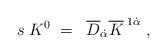
\begin{align*}s\;K^0\;=\;\;\overline{D}_{\dot{\alpha}}\overline{K}^{\;1\dot{\alpha}}\;,\;\end{align*}